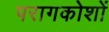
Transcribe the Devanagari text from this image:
परागकोशों